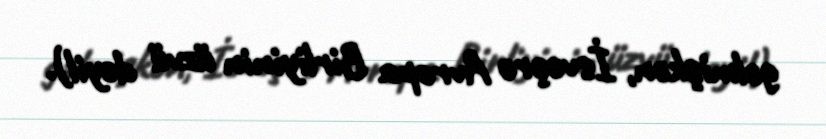
gəlmişkən, İsveçrə Avropa Birliyinin üzvü deyil).